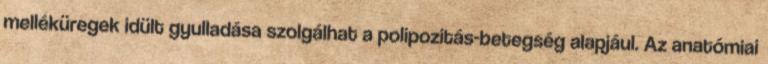
melléküregek idült gyulladása szolgálhat a polipozitás-betegség alapjául. Az anatómiai